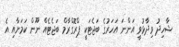
ޝާހިދު ވިދާޅުވީ އަންނަ އަހަރުގެ ބަޖެޓަކީ ޕްރޮގްރާމް ބަޖެޓެއް ނޫން ކަމަށާއި އެ